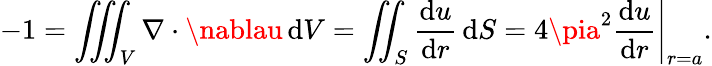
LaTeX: -1=\iiint_{V}\nabla\cdot\nablau\, \mathrm{d}V=\iint_{S}{\frac{{\mathrm{d}u}}{{\mathrm{d}r}}}\, \mathrm{d}S=\left.4\pia^{2}{\frac{{\mathrm{d}u}}{{\mathrm{d}r}}}\right|_{r=a}.